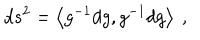
d s ^ { 2 } = \left< g ^ { - 1 } d g , g ^ { - 1 } d g \right> ~ ,